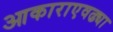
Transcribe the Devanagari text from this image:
आकाराएवढ्या